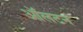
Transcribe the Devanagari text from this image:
ऑलटन